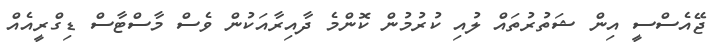
ޖޭއެސްސީ އިން ޝަތުރުތައް ލުއި ކުރުމުން ކޮންމެ ދާއިރާއަކުން ވެސް މާސްޓާސް ޑިގްރީއެއް